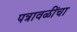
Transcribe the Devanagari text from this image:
पत्रावळींचा